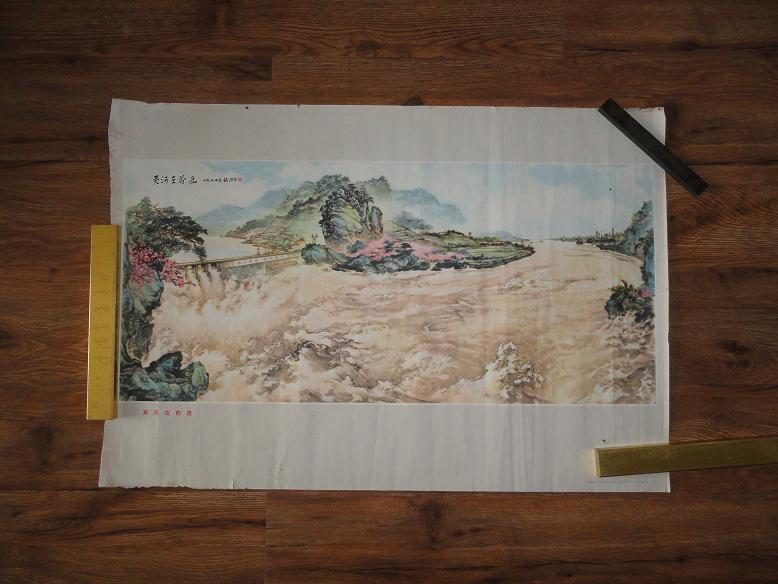
黄河九天上，人鬼瞰重关。